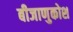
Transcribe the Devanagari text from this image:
बीजाणुकोश